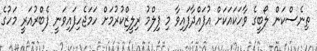
ތިނެސްކަން ލޯބީގެ ވާހަކައަކަށް އުފައްދާފައިވާ މި ފިލްމު ރިލީޒްކުރުމަށް ހަމަޖެހިފައިވަނީ ފެބްރުއަރީ މަހުގެ